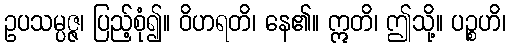
ဥပသမ္ပဇ္ဇ၊ ပြည့်စုံ၍။ ဝိဟရတိ၊ နေ၏။ ဣတိ၊ ဤသို့။ ပဉ္စဟိ၊